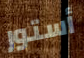
أستور